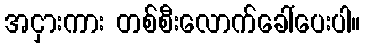
အငှားကား တစ်စီးလောက်ခေါ်ပေးပါ။